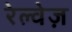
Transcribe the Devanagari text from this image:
रेल्वेज़